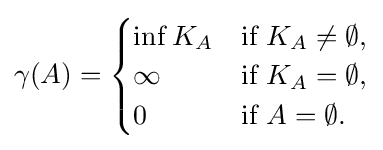
\gamma (A)={\begin{cases}\inf K_{A}&{\text{if }}K_{A}\neq \emptyset ,\\\infty &{\text{if }}K_{A}=\emptyset ,\\0&{\text{if }}A=\emptyset .\end{cases}}